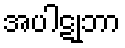
အပါဋုဘာ